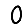
Digit: 0